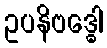
ဥပနိဗဒ္ဓေါ